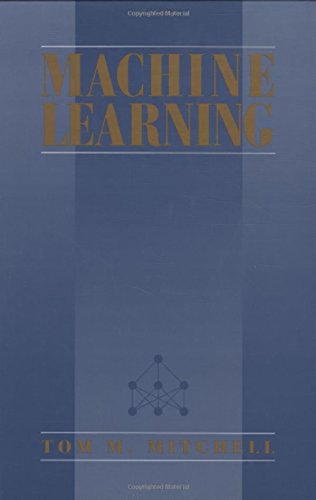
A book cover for Machine Learning; Tom M. Mitchell; Computers & Technology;